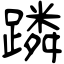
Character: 蹸